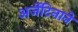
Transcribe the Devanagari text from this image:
अर्जेंटिनाने